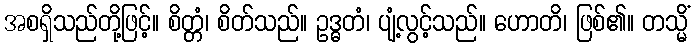
အစရှိသည်တို့ဖြင့်။ စိတ္တံ၊ စိတ်သည်။ ဥဒ္ဓတံ၊ ပျံ့လွင့်သည်။ ဟောတိ၊ ဖြစ်၏။ တသ္မိံ